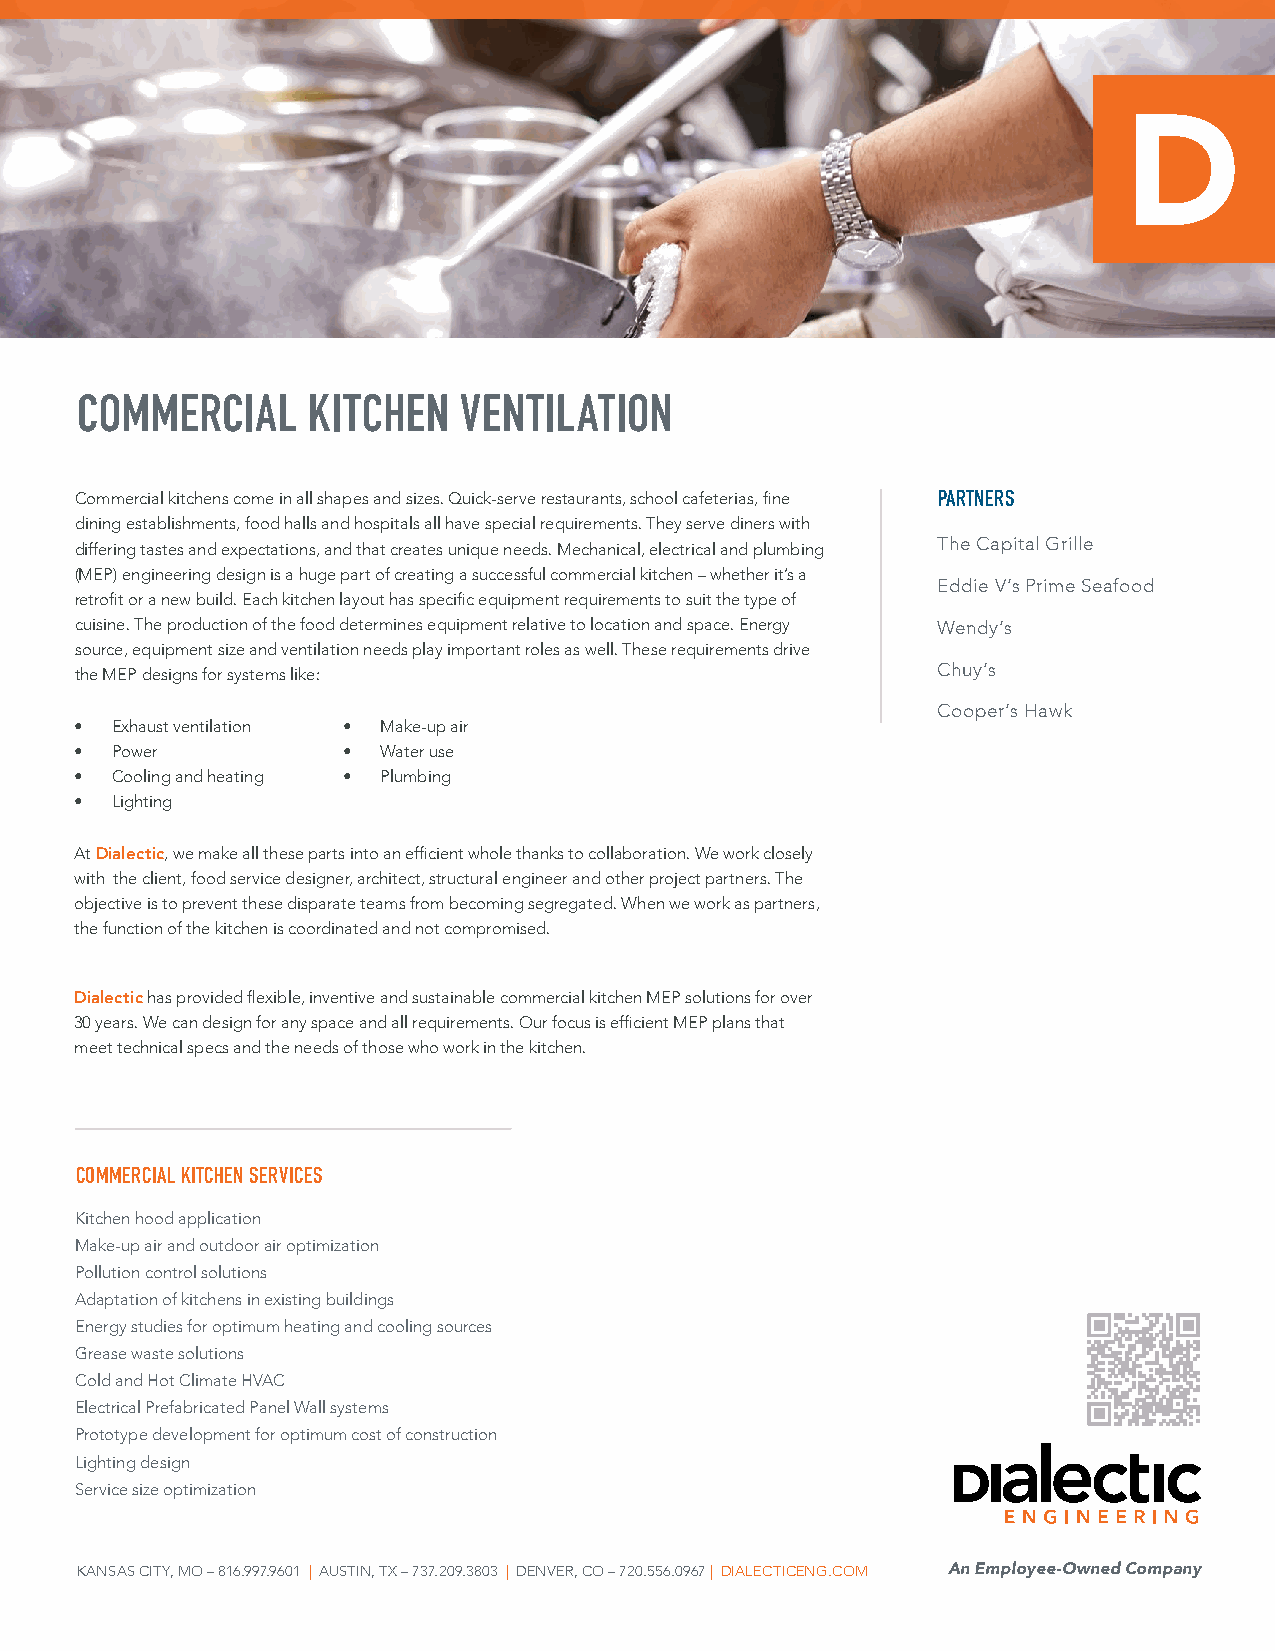
COMMERCIAL     KITCHEN   VENTILATION
 Commercial kitchens come in all shapes and sizes. Quick-serve restaurants, school cafeterias, fine PARTNERS
 dining establishments, food halls and hospitals all have special requirements. They serve diners with
 differing tastes and expectations, and that creates unique needs. Mechanical, electrical and plumbing The Capital Grille
 (MEP) engineering design is a huge part of creating a successful commercial kitchen – whether it’s a
 Eddie V’s Prime Seafood
 retrofit or a new build. Each kitchen layout has specific equipment requirements to suit the type of
 cuisine. The production of the food determines equipment relative to location and space. Energy Wendy’s
 source, equipment size and ventilation needs play important roles as well. These requirements drive
 the MEP designs for systems like:                        Chuy’s
 Cooper’s Hawk
 • Exhaust ventilation • Make-up air
 • Power           • Water use
 • Cooling and heating • Plumbing
 • Lighting
 At Dialectic, we make all these parts into an efficient whole thanks to collaboration. We work closely
 with the client, food service designer, architect, structural engineer and other project partners. The
 objective is to prevent these disparate teams from becoming segregated. When we work as partners,
 the function of the kitchen is coordinated and not compromised.
 Dialectic has provided flexible, inventive and sustainable commercial kitchen MEP solutions for over
 30 years. We can design for any space and all requirements. Our focus is efficient MEP plans that
 meet technical specs and the needs of those who work in the kitchen.
 COMMERCIAL KITCHEN SERVICES
 Kitchen hood application
 Make-up air and outdoor air optimization
 Pollution control solutions
 Adaptation of kitchens in existing buildings
 Energy studies for optimum heating and cooling sources
 Grease waste solutions
 Cold and Hot Climate HVAC
 Electrical Prefabricated Panel Wall systems
 Prototype development for optimum cost of construction
 Lighting design
 Service size optimization
 KANSAS CITY, MO – 816.997.9601 | AUSTIN, TX – 737.209.3803 | DENVER, CO – 720.556.0967 | DIALECTICENG.COM An Employee-Owned Company